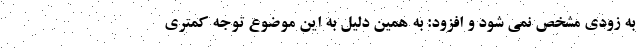
به زودی مشخص نمی شود و افزود: به همین دلیل به این موضوع توجه کمتری